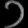
Digit: ၁